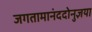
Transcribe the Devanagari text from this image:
जगतामानंददोनुज्ञया